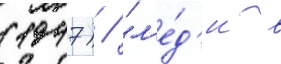
(1947) / "л'е́д'и в